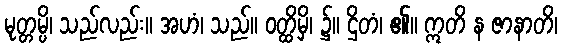
မုတ္တမ္ပိ၊ သည်လည်း။ အဟံ၊ သည်။ ဝတ္ထိမှိ၊ ၌။ ဌိတံ၊ ၏။ ဣတိ န ဇာနာတိ၊